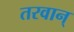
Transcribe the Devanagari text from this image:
तरवान्